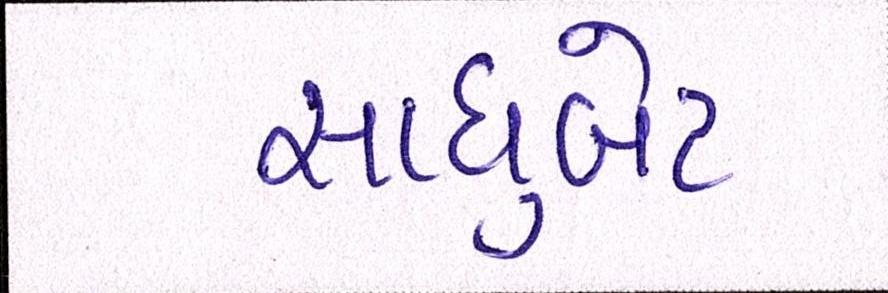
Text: સાધુબેટ